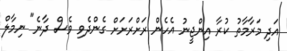
އަދި މަރާމާތު ކުރާ އިންޖީނު އެހެން ރަށްރަށަށް ގެންދެވި ވެސް ދާނެ" ނިމާލް